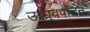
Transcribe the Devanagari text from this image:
ऊध्र्वपातन